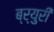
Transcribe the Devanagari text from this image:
ब्र्युरी